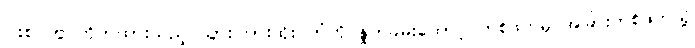
ပါးစပ်တွင်ကိုက်ထားသည့် သွားကြားထိုး တံကို နှုတ်ခမ်းထောင့် တစ်ဖက်မှ အခြားတစ်ဖက်သို့